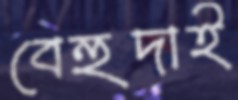
বেহুদাই